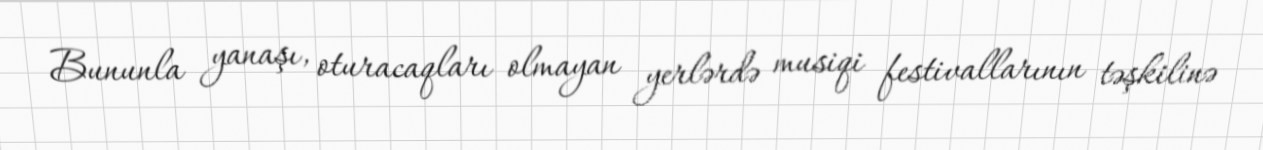
Bununla yanaşı, oturacaqları olmayan yerlərdə musiqi festivallarının təşkilinə